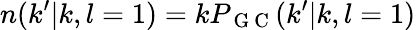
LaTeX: n(k^{\prime}|k,l=1)=kP_{\mathrm{~G~C~}}(k^{\prime}|k,l=1)